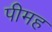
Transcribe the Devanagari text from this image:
पीमह